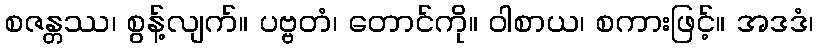
စဇန္တဿ၊ စွန့်လျက်။ ပဗ္ဗတံ၊ တောင်ကို။ ဝါစာယ၊ စကားဖြင့်။ အဒဒံ၊